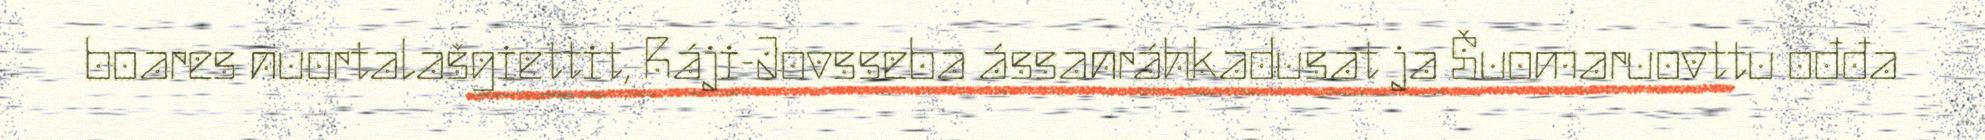
boares nuortalašgiettit, Ráji-Jovsseba ássanráhkadusat ja Šuomaruovttu ođđa